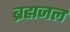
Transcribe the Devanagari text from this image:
ब्रह्मजल